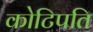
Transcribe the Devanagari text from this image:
कोटिपति